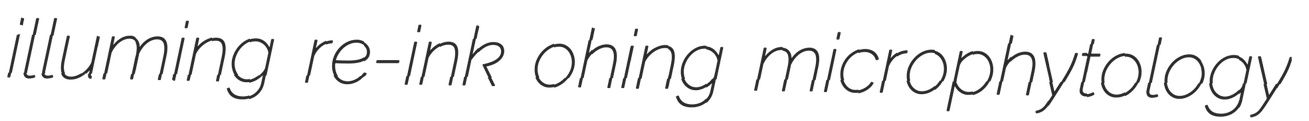
illuming re-ink ohing microphytology